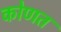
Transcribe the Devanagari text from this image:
कोणत